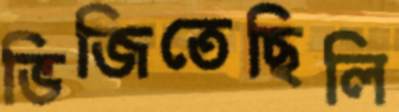
ভিজিতেছিলি